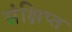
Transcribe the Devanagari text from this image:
संक्षिप्‍त